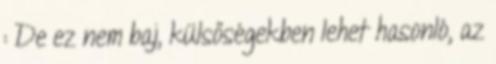
: De ez nem baj, külsőségekben lehet hasonló, az